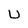
Character: U